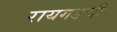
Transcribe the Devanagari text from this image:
रायगडची